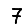
Digit: 7